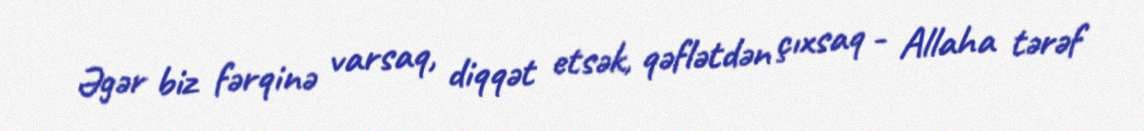
Əgər biz fərqinə varsaq, diqqət etsək, qəflətdən çıxsaq - Allaha tərəf